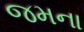
જમના